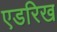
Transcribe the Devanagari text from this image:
एडरिख